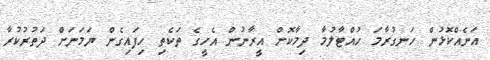
އަނެއްކޮޅުން ހަނގުރާމަ ހުއްޓާލުމާ ދިމާކޮށް އީރާނުން އެހީގެ ތަކެތި ހިފައިގެން ޔަމަނަށް ދަތުރުކުރާ